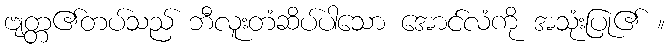
ဗျတ္တ၏တပ်သည် ဘီလူးတံဆိပ်ပါသော အောင်လံကို အသုံးပြု၏ ။